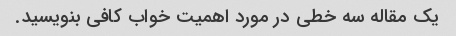
یک مقاله سه خطی در مورد اهمیت خواب کافی بنویسید.